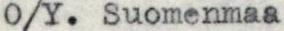
O/Y. Suomenmaa